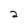
Character: 2